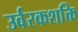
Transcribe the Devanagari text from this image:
उर्वरकशक्ति